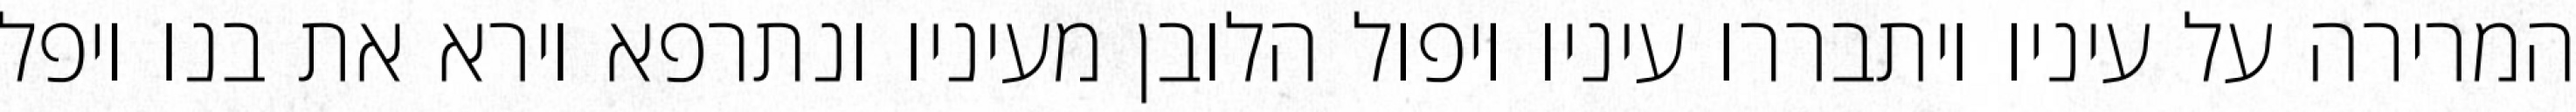
המרירה על עיניו ויתבררו עיניו ויפול הלובן מעיניו ונתרפא וירא את בנו ויפל